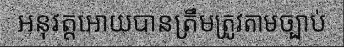
អនុវត្តអោយបានត្រឹមត្រូវតាមច្បាប់